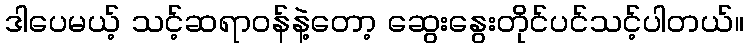
ဒါပေမယ့် သင့်ဆရာဝန်နဲ့တော့ ဆွေးနွေးတိုင်ပင်သင့်ပါတယ်။